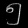
Digit: ၅